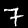
Digit: 7